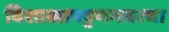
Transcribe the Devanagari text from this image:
विशाखापट्टणमवरचा